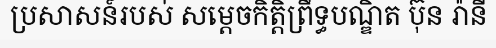
ប្រសាសន៍របស់ សម្តេចកិត្តិព្រឹទ្ធបណ្ឌិត ប៊ុន រ៉ានី